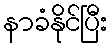
နာခံနိုင်ပြီး